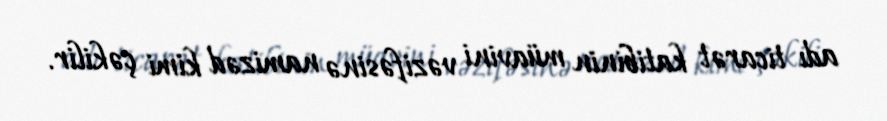
adı ticarət katibinin müavini vəzifəsinə namizəd kimi çəkilir.